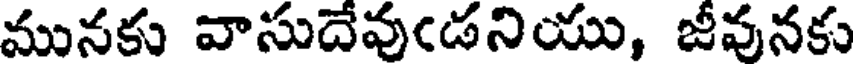
మునకు వాసుదేవుఁడనియు, జీవునకు